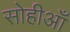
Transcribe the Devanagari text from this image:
सोहीआँ